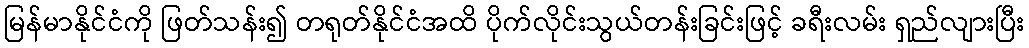
မြန်မာနိုင်ငံကို ဖြတ်သန်း၍ တရုတ်နိုင်ငံအထိ ပိုက်လိုင်းသွယ်တန်းခြင်းဖြင့် ခရီးလမ်း ရှည်လျားပြီး